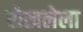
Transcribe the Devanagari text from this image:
रोखलेला